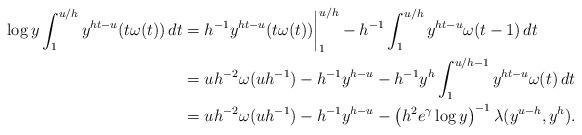
LaTeX: \begin{align*}\log y\int_{1}^{u/h}y^{ht-u}(t\omega(t))\,dt&=h^{-1}y^{ht-u}(t\omega(t))\bigg|_{1}^{u/h}-h^{-1}\int_{1}^{u/h}y^{ht-u}\omega(t-1)\,dt\\&=uh^{-2}\omega(uh^{-1})-h^{-1}y^{h-u}-h^{-1}y^h\int_{1}^{u/h-1}y^{ht-u}\omega(t)\,dt\\&=uh^{-2}\omega(uh^{-1})-h^{-1}y^{h-u}-\left(h^2e^\gamma\log y\right)^{-1}\lambda(y^{u-h},y^h).\end{align*}